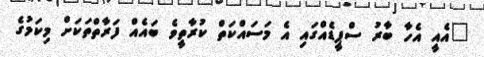
"އެއީ އެހާ ބާރު ސްޕީޑެއްގައި އެ މަސައްކަތް ކުރާތީވެ ބައެއް ފަރާތްތަކަށް މިކަމުގެ